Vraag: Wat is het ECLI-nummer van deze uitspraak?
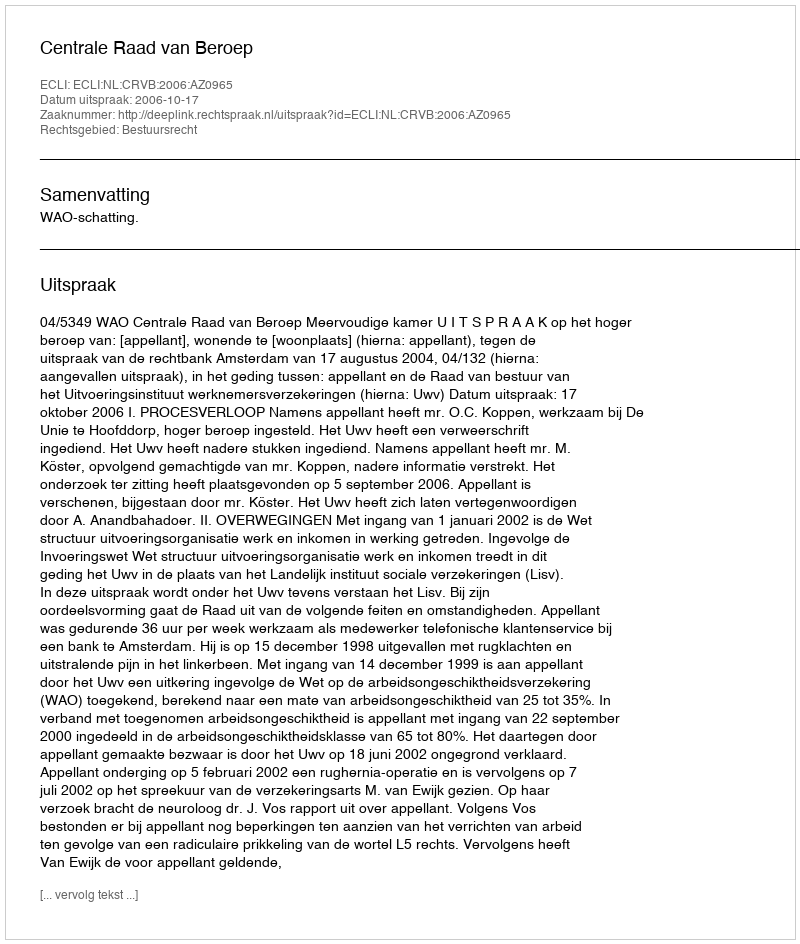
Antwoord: ECLI:NL:CRVB:2006:AZ0965